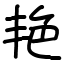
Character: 艳